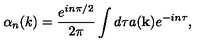
\alpha _ { n } ( k ) = \frac { e ^ { i n \pi / 2 } } { 2 \pi } \int { d \tau a ( { \bf k } ) e ^ { - i n \tau } } ,